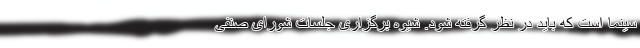
سینما است که باید در نظر گرفته شود. شیوه برگزاری جلسات شورای صنفی